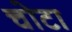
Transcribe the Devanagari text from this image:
चोटा